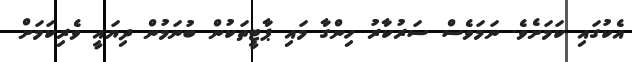
އެކުގައި ކަމަށެވެ. ނަމަވެސް ސަރުކާރު ހިންގާ މައި ޕާޓީތަކުން ބުނަމުން ދިޔައީ ވެރިކަމަށް